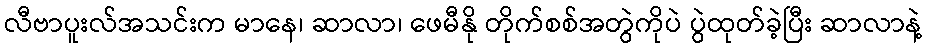
လီဗာပူးလ်အသင်းက မာနေ၊ ဆာလာ၊ ဖေမီနို တိုက်စစ်အတွဲကိုပဲ ပွဲထုတ်ခဲ့ပြီး ဆာလာနဲ့